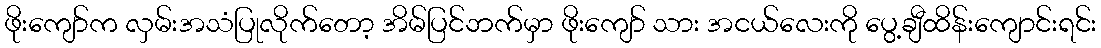
ဖိုးကျော်က လှမ်းအသံပြုလိုက်တော့ အိမ်ပြင်ဘက်မှာ ဖိုးကျော် သား အငယ်လေးကို ပွေ့ချီထိန်းကျောင်းရင်း